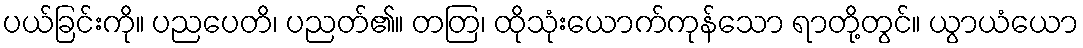
ပယ်ခြင်းကို။ ပညပေတိ၊ ပညတ်၏။ တတြ၊ ထိုသုံးယောက်ကုန်သော ရာတို့တွင်။ ယွာယံယော